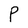
Character: P